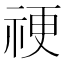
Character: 𥙴